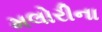
મલોરીના